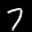
Label: 7